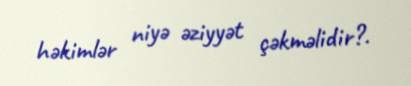
həkimlər niyə əziyyət çəkməlidir?.